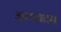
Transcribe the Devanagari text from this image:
अल्पकास